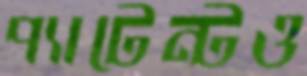
প্যাটেন্টও